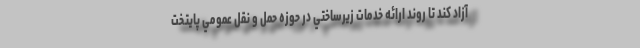
آزاد كند تا روند ارائه خدمات زيرساختي در حوزه حمل و نقل عمومي پايتخت